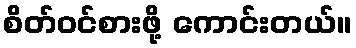
စိတ်ဝင်စားဖို့ ကောင်းတယ်။